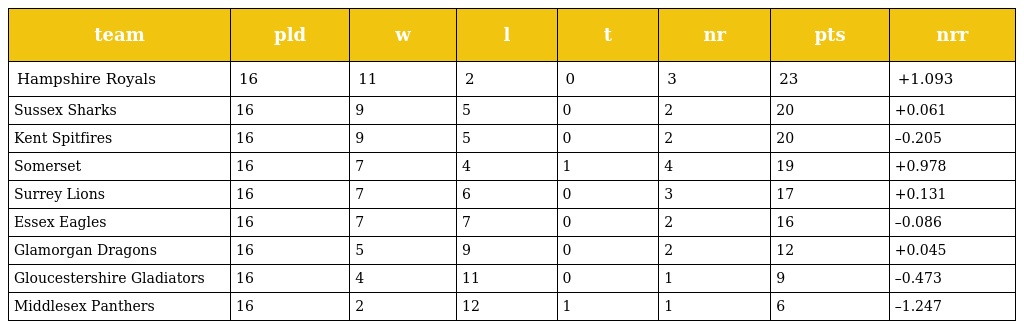
| team | pld | w | l | t | nr | pts | nrr |
 | --- | --- | --- | --- | --- | --- | --- | --- |
 | Hampshire Royals | 16 | 11 | 2 | 0 | 3 | 23 | +1.093 |
 | Sussex Sharks | 16 | 9 | 5 | 0 | 2 | 20 | +0.061 |
 | Kent Spitfires | 16 | 9 | 5 | 0 | 2 | 20 | –0.205 |
 | Somerset | 16 | 7 | 4 | 1 | 4 | 19 | +0.978 |
 | Surrey Lions | 16 | 7 | 6 | 0 | 3 | 17 | +0.131 |
 | Essex Eagles | 16 | 7 | 7 | 0 | 2 | 16 | –0.086 |
 | Glamorgan Dragons | 16 | 5 | 9 | 0 | 2 | 12 | +0.045 |
 | Gloucestershire Gladiators | 16 | 4 | 11 | 0 | 1 | 9 | –0.473 |
 | Middlesex Panthers | 16 | 2 | 12 | 1 | 1 | 6 | –1.247 |